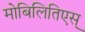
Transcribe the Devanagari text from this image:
मोबिलितिएस्